Vaccination in Bombay 1856-1862 - 1856-1862
Year: 1856
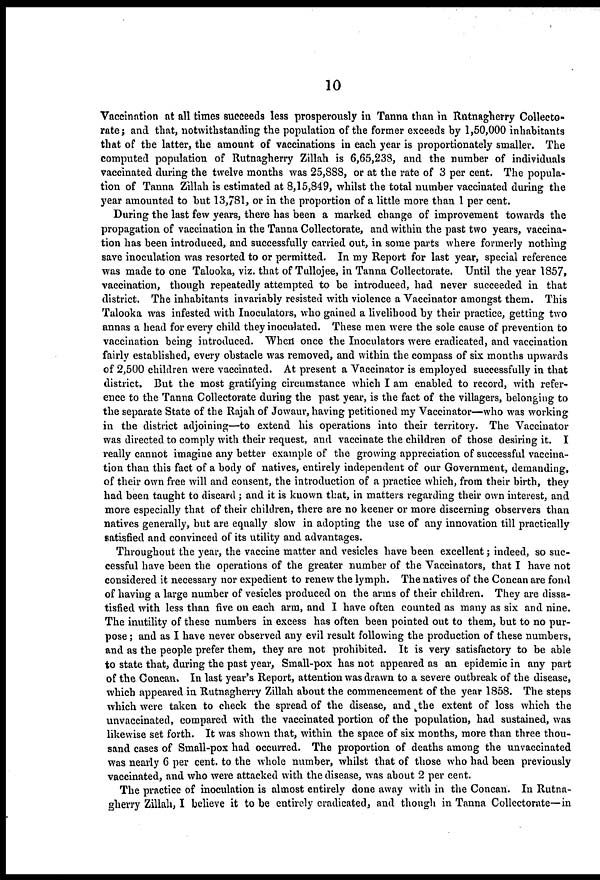
10
Vaccination at all times succeeds less prosperously in Tanna than in Rutnagherry Collecto-
rate; and that, notwithstanding the population of the former exceeds by 1,50,000 inhabitants
that of the latter, the amount of vaccinations in each year is proportionately smaller. The
computed population of Rutnagherry Zillah is 6,65,238, and the number of individuals
vaccinated during the twelve months was 25,888, or at the rate of 3 per cent. The popula-
tion of Tanna Zillah is estimated at 8,15,849, whilst the total number vaccinated during the
year amounted to but 13,781, or in the proportion of a little more than 1 per cent.
During the last few years, there has been a marked change of improvement towards the
propagation of vaccination in the Tanna Collectorate, and within the past two years, vaccina-
tion has been introduced, and successfully carried out, in some parts where formerly nothing
save inoculation was resorted to or permitted. In my Report for last year, special reference
was made to one Talooka, viz. that of Tullojee, in Tanna Collectorate. Until the year 1857,
vaccination, though repeatedly attempted to be introduced, had never succeeded in that
district. The inhabitants invariably resisted with violence a Vaccinator amongst them. This
Talooka was infested with Inoculators, who gained a livelihood by their practice, getting two
annas a head for every child they inoculated. These men were the sole cause of prevention to
vaccination being introduced. When once the Inoculators were eradicated, and vaccination
fairly established, every obstacle was removed, and within the compass of six months upwards
of 2,500 children were vaccinated. At present a Vaccinator is employed successfully in that
district. But the most gratifying circumstance which I am enabled to record, with refer-
ence to the Tanna Collectorate during the past year, is the fact of the villagers, belonging to
the separate State of the Rajah of Jowaur, having petitioned my Vaccinator—who was working
in the district adjoining—to extend his operations into their territory. The Vaccinator
was directed to comply with their request, and vaccinate the children of those desiring it. I
really cannot imagine any better example of the growing appreciation of successful vaccina-
tion than this fact of a body of natives, entirely independent of our Government, demanding,
of their own free will and consent, the introduction of a practice which, from their birth, they
had been taught to discard ; and it is known that, in matters regarding their own interest, and
more especially that of their children, there are no keener or more discerning observers than
natives generally, but are equally slow in adopting the use of any innovation till practically
satisfied and convinced of its utility and advantages.
Throughout the year, the vaccine matter and vesicles have been excellent; indeed, so suc-
cessful have been the operations of the greater number of the Vaccinators, that I have not
considered it necessary nor expedient to renew the lymph. The natives of the Concan are fond
of having a large number of vesicles produced on the arms of their children. They are dissa-
tisfied with less than five on each arm, and I have often counted as many as six and nine.
The inutility of these numbers in excess has often been pointed out to them, but to no pur-
pose ; and as I have never observed any evil result following the production of these numbers,
and as the people prefer them, they are not prohibited. It is very satisfactory to be able
to state that, during the past year, Small-pox has not appeared as an epidemic in any part
of the Concan. In last year's Report, attention was drawn to a severe outbreak of the disease,
which appeared in Rutnagherry Zillah about the commencement of the year 1858. The steps
which were taken to check the spread of the disease, and the extent of loss which the
unvaccinated, compared with the vaccinated portion of the population, had sustained, was
likewise set forth. It was shown that, within the space of six months, more than three thou-
sand cases of Small-pox had occurred. The proportion of deaths among the unvaccinated
was nearly 6 per cent. to the whole number, whilst that of those who had been previously
vaccinated, and who were attacked with the disease, was about 2 per cent.
The practice of inoculation is almost entirely done away with in the Concan. In Rutna-
gherry Zillah, I believe it to be entirely eradicated, and though in Tanna Collectorate—in